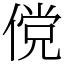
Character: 傥